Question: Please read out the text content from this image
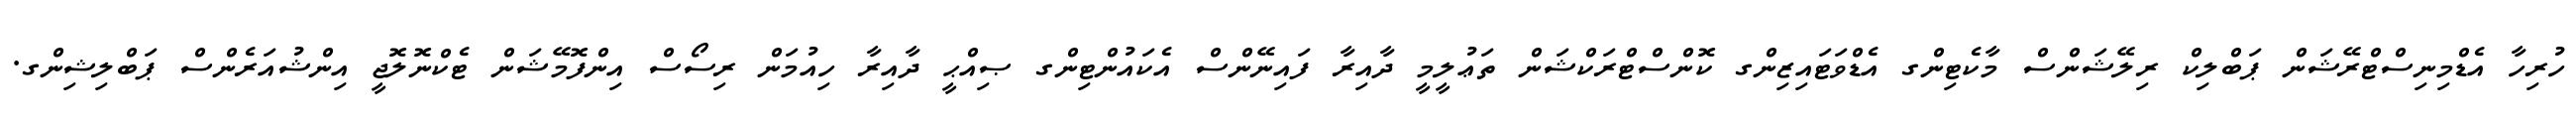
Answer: ހުރިހާ އެޑްމިނިސްޓްރޭޝަން ޕަބްލިކް ރިލޭޝަންސް މާކެޓިންގ އެޑްވަޓައިޒިންގ ކޮންސްޓްރަކްޝަން ތަޢުލީމީ ދާއިރާ ފައިނޭންސް އެކައުންޓިންގ ޞިއްޙީ ދާއިރާ ހިއުމަން ރިސޯސް އިންފޮމޭޝަން ޓެކްނޮލޮޖީ އިންޝުއަރެންސް ޕަބްލިޝިންގ.